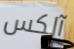
آلكس